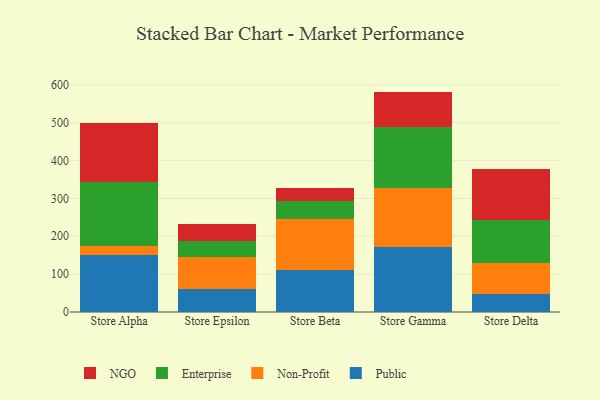
{"axis": {"x": "Store", "y": "Humidity (%)"}, "legend": ["Enterprise", "NGO", "Non-Profit", "Public"], "data": [{"x": "Store Alpha", "y": 151.8, "type": "Public"}, {"x": "Store Alpha", "y": 21.9, "type": "Non-Profit"}, {"x": "Store Alpha", "y": 170.3, "type": "Enterprise"}, {"x": "Store Alpha", "y": 154.7, "type": "NGO"}, {"x": "Store Epsilon", "y": 60.6, "type": "Public"}, {"x": "Store Epsilon", "y": 86.0, "type": "Non-Profit"}, {"x": "Store Epsilon", "y": 41.5, "type": "Enterprise"}, {"x": "Store Epsilon", "y": 43.5, "type": "NGO"}, {"x": "Store Beta", "y": 110.4, "type": "Public"}, {"x": "Store Beta", "y": 134.4, "type": "Non-Profit"}, {"x": "Store Beta", "y": 47.5, "type": "Enterprise"}, {"x": "Store Beta", "y": 34.1, "type": "NGO"}, {"x": "Store Gamma", "y": 171.6, "type": "Public"}, {"x": "Store Gamma", "y": 157.0, "type": "Non-Profit"}, {"x": "Store Gamma", "y": 161.1, "type": "Enterprise"}, {"x": "Store Gamma", "y": 92.5, "type": "NGO"}, {"x": "Store Delta", "y": 47.3, "type": "Public"}, {"x": "Store Delta", "y": 83.4, "type": "Non-Profit"}, {"x": "Store Delta", "y": 111.2, "type": "Enterprise"}, {"x": "Store Delta", "y": 135.9, "type": "NGO"}]}